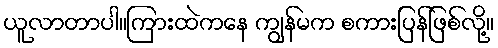
ယူလာတာပါ။ကြားထဲကနေ ကျွန်မက စကားပြန်ဖြစ်လို့။